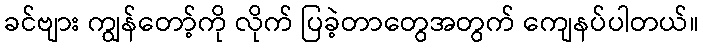
ခင်ဗျား ကျွန်တော့်ကို လိုက် ပြခဲ့တာတွေအတွက် ကျေနပ်ပါတယ်။